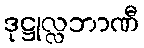
ဒုဋ္ဌုလ္လဘာဏီ